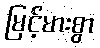
မြင့်မားစွာ